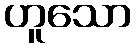
ဟူသော